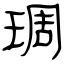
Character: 琱